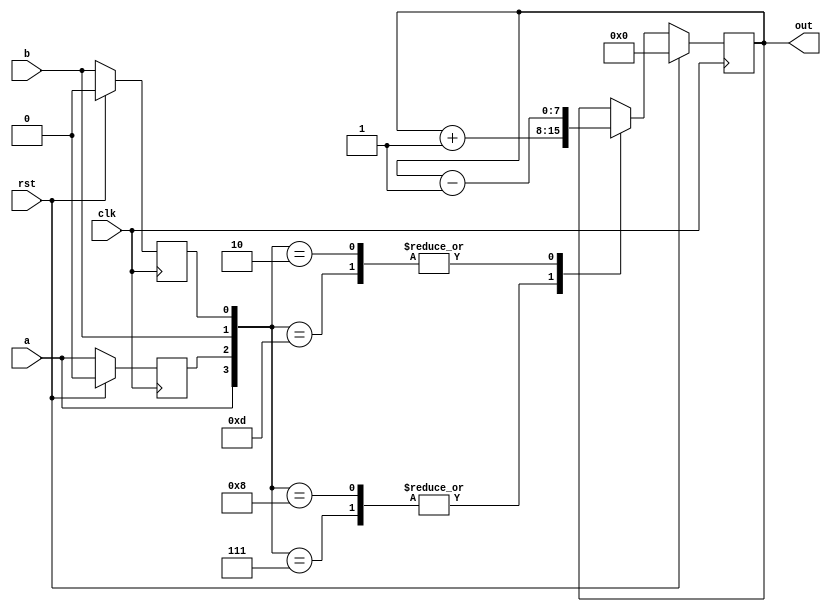
`default_nettype none
`timescale 1ns/1ns

module RotaryEncoder #(
    parameter REG_LEN = 8,
    parameter ADD_SUB = 1'b1
) (
    input wire clk,
    input wire rst,
    input wire a,
    input wire b,
    output reg [REG_LEN-1:0] out
);

    reg a_d1, b_d1;

    always @(posedge clk) begin
        if (rst) begin 
            out <= 0;
            a_d1 <= 1'b0;
            b_d1 <= 1'b0;
        end else begin 
            a_d1 <= a;
            b_d1 <= b;

            case ({a, a_d1, b, b_d1})
                4'b1000, 
                4'b0111 : out <= out + ADD_SUB;
                
                4'b0010,
                4'b1101 : out <= out - ADD_SUB;

                default : out <= out; 
            endcase
        end
    end

endmodule